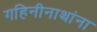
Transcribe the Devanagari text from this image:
गहिनीनाथांना